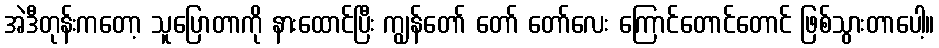
အဲဒီတုန်းကတော့ သူပြောတာကို နားထောင်ပြီး ကျွန်တော် တော် တော်လေး ကြောင်တောင်တောင် ဖြစ်သွားတာပေါ့။